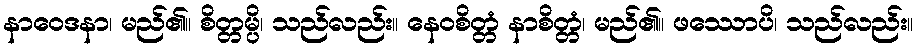
နာဝေဒနာ၊ မည်၏။ စိတ္တမ္ပိ၊ သည်လည်း။ နေဝစိတ္တံ နာစိတ္တံ၊ မည်၏။ ဖဿောပိ၊ သည်လည်း။